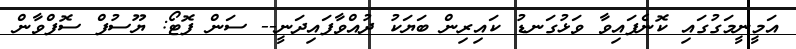
އަމީނީމަގުގައި ކޮނެފައިވާ ވަޅުގަނޑު ކައިރިން ބަޔަކު ދުއްވާފައިދަނީ-- ސަން ފޮޓޯ: ޔޫސުފް ސޮފްވާން